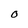
Character: O